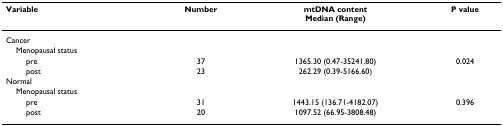
<table><thead><tr><td><b>Variable</b></td><td><b>Number</b></td><td><b>mtDNA contentMedian (Range)</b></td><td><b>P value</b></td></tr></thead><tbody><tr><td>Cancer</td><td></td><td></td><td></td></tr><tr><td> Menopausal status</td><td></td><td></td><td></td></tr><tr><td>pre</td><td>37</td><td>1365.30 (0.47-35241.80)</td><td>0.024</td></tr><tr><td>post</td><td>23</td><td>262.29 (0.39-5166.60)</td><td></td></tr><tr><td>Normal</td><td></td><td></td><td></td></tr><tr><td> Menopausal status</td><td></td><td></td><td></td></tr><tr><td>pre</td><td>31</td><td>1443.15 (136.71-4182.07)</td><td>0.396</td></tr><tr><td>post</td><td>20</td><td>1097.52 (66.95-3808.48)</td><td></td></tr></tbody></table>